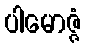
ပါမောဇ္ဇံ